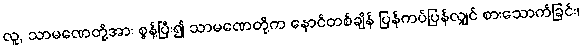
လူ, သာမဏေတို့အား စွန့်ပြီး၍ သာမဏေတို့က နောင်တစ်ချိန် ပြန်ကပ်ပြန်လျှင် စားသောက်ခြင်း၊